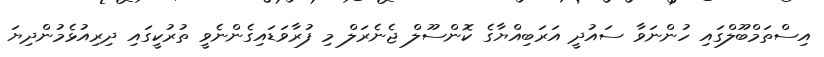
އިސްތަމްބޫލްގައި ހުންނަވާ ސައުދީ އަރަބިއްޔާގެ ކޮންސޫލް ޖެނެރަލް މި ފުރާވަޑައިގެންނެވީ ތުރުކީގައި ދިރިއުޅެމުންދިޔަ